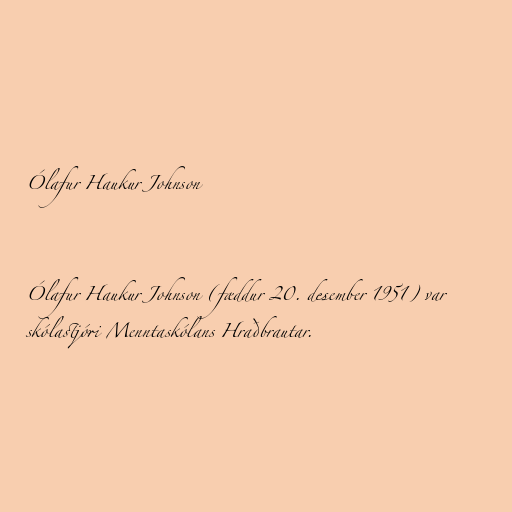
Ólafur Haukur Johnson

Ólafur Haukur Johnson (fæddur 20. desember 1951) var
skólastjóri Menntaskólans Hraðbrautar.